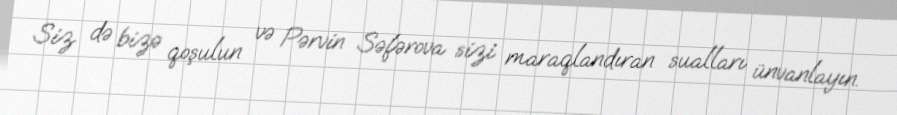
Siz də bizə qoşulun və Pərvin Səfərova sizi maraqlandıran sualları ünvanlayın.